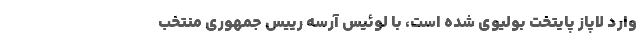
وارد لاپاز پایتخت بولیوی شده است، با لوئیس آرسه رییس جمهوری منتخب